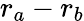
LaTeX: r_{a}-r_{b}